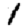
Digit: 1